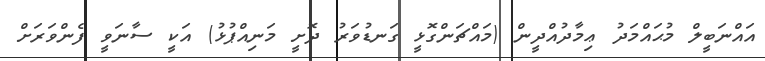
އައްނަބީލް މުޙައްމަދު ޢިމާދުއްދީން (މައްޗަންގޮޅީ ގަނޑުވަރު ދޮށީ މަނިއްޕުޅު) އަކީ ސާނަވީ ފެންވަރަށް